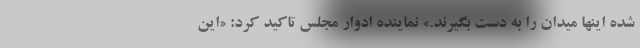
شده اینها میدان را به دست بگیرند.» نماینده ادوار مجلس تاکید کرد: «این